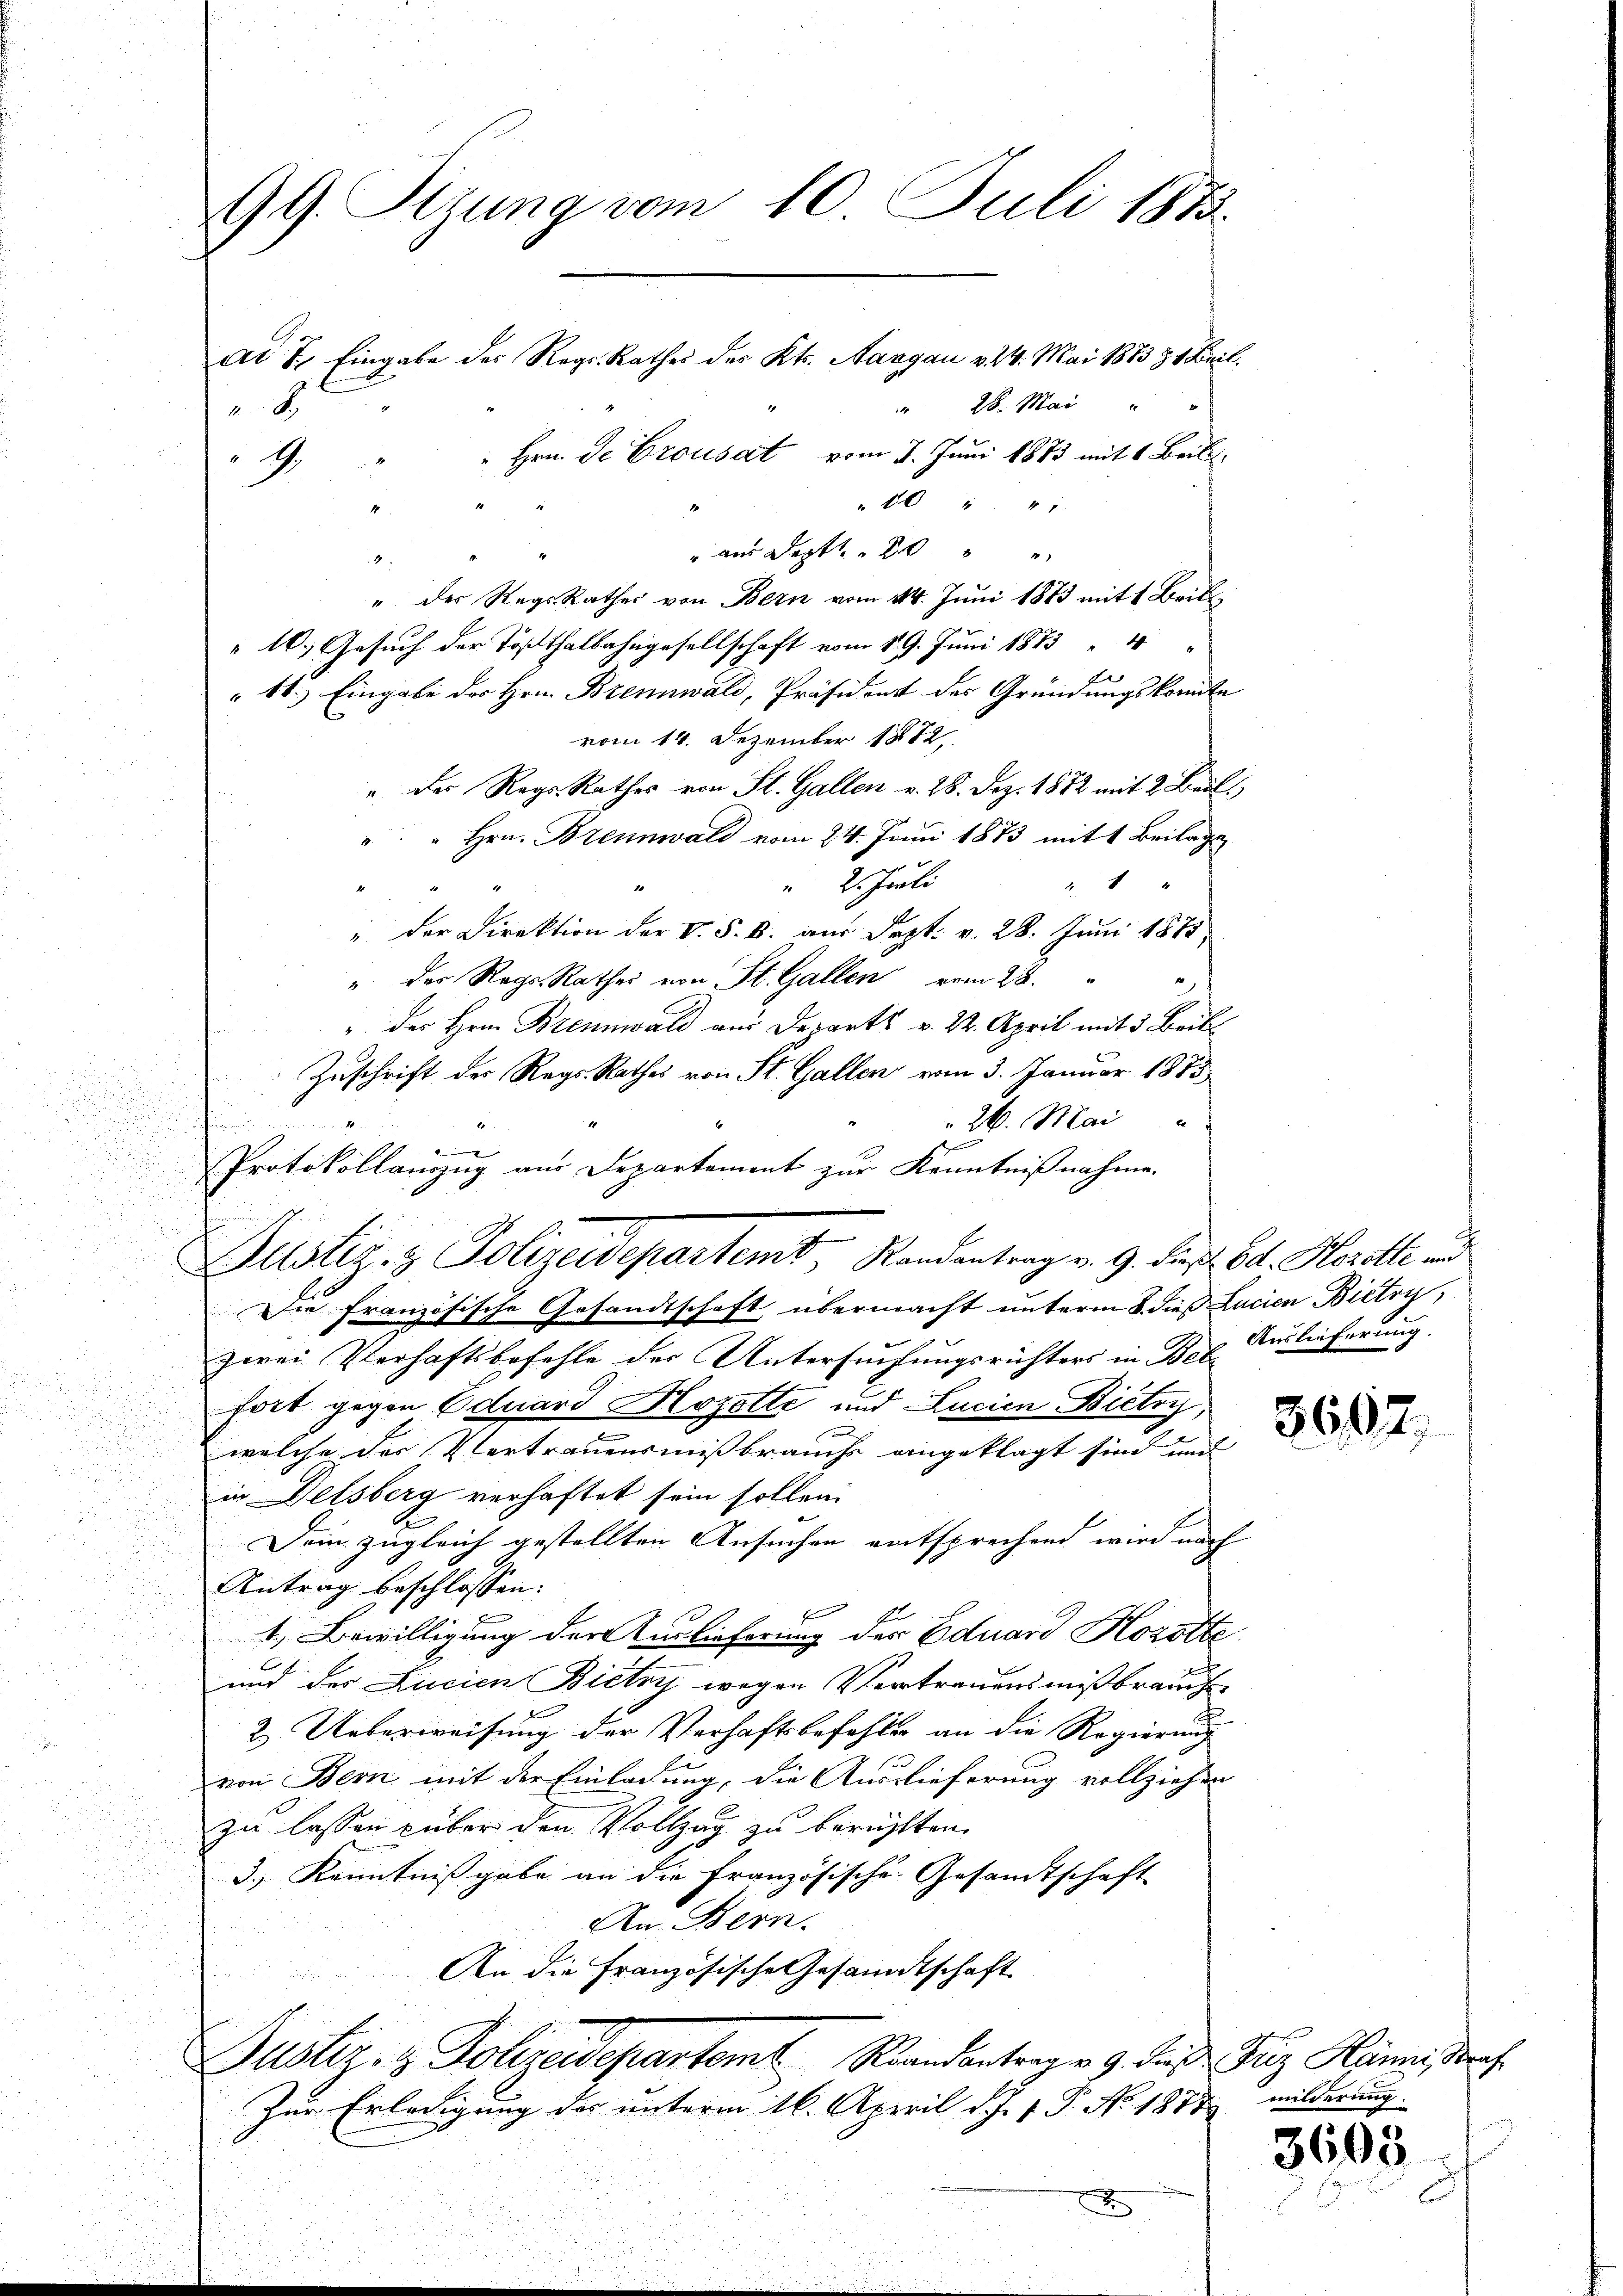
99. Sizung vom 10. Juli 1812.
ad 7. Eingabe des Reg. Rathes des Kts. Aargau v. 24. Mai 1883 & 1 Beil,
 28. Mai
.
Hrn. De Crousat vom 2. Juni 1873 mit 1 Beil
.9.

"40 " 4
" am Sept 20
" der RegsRathes von Bern vom 14. Juni 1883 mit 1 Brik
 10. Gesuch der Tößthalbahngesellschaft vom 19. Juni 1873 4
11.) Eingabe des Hrn. Brennwald, Präsident der Gründungskomite
vom 14. Dezember 1872
" Der Reg. Rathes von St. Gallen v. 28. Dez. 1882 mit 2 Bril
" " Hrn. Brennwald vom 24. Juni 1873 mit 1 Beilage
44
" 2. Juli
" der Direktion der V. S. B. am Sept. v. 28. Juni 1875
" der Reg.-Rathes von St. Gallen vom 28.
" der Hrn. Brennwald aus Departs v. 24. April mit 3 Beibs
Zuschrift der Regs-Rathes von St. Gallen vom 3. Januar 1873
26. Mai
.
t
b
.
Protokollauszug aus Departement zur Kenntnißnahme.
Die französische Gesandtschaft übermacht unterm 8. dieß Lucien Bietry,
zwei Verhaftsbefehle der Untersuchungsrichters in Bei Auslieferung.
fort gegen Eduard Hozette und Lucian Bicloy,

f
welche der Vertrauensmissbrauche angeklagt sind und
u

in Delsberg verhaftet sein sollen.
Dein zugleich gestellten Ansuchen entsprechend wird nach

a
Antrag beschlossen:
u
1. Bewilligung der Auslieferung des Eduard Horotte
u
und der Lucien Bietry wegen Vertrauensmißbrauch
2.) Ueberweisung der Verhaftsbefehler an die Regierung
von Bern mit der Einladung, die Ausrieferung vollziehen
zu lassen über den Vollzug zu berühlten.
3.) Kenntnißgabe an die Französische Gesandtschaft
An Bern.
An die Französische Gesandtschaft
Justiz- & Polizeidepartamt Randantragen 9. des Friz Hänni, Straf
Zur Erledigung der unterm 16. April d. J. J. P. No. 1877 milderung
xx

Justiz- & Polizeidepartemt, Randantrag v. 9. die s. Bd. Herotti und

5667.

3605